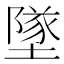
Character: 墜